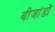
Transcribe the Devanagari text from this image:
बीजांडों